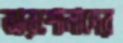
আরশোলাদের